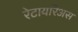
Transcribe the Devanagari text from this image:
रेटायरिअस